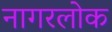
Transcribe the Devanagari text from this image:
नागरलोक